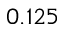
0 . 1 2 5